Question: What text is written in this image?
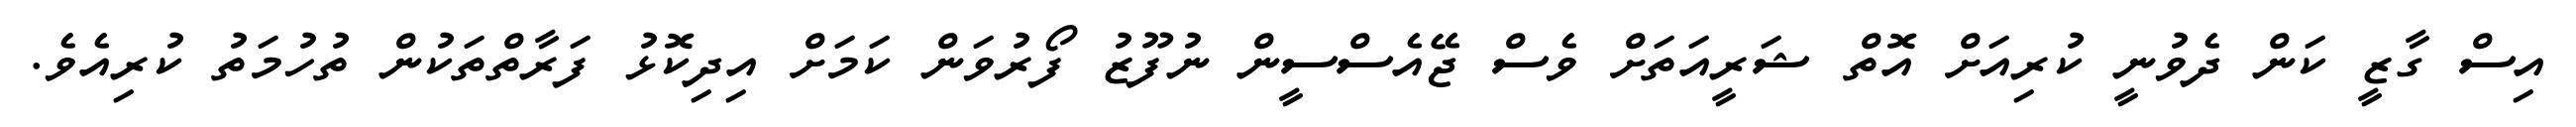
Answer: އިސް ގާޒީ ކަން ދެވުނީ ކުރިއަށް އޮތް ޝަރީއަތަށް ވެސް ޖޭއެސްސީން ނުފޫޒު ފޯރުވަން ކަމަށް އިދިކޮޅު ފަރާތްތަކުން ތުހުމަތު ކުރިއެވެ.